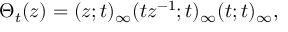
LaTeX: \Theta _ { t } ( z ) = ( z ; t ) _ { \infty } ( t z ^ { - 1 } ; t ) _ { \infty } ( t ; t ) _ { \infty } ,